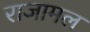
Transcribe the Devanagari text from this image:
राजामल